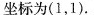
坐标为(1，1).